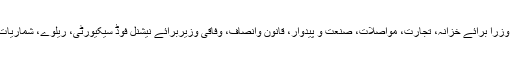
ای سی سی کے ممبران میں وفاقی وزرا برائے خزانہ، تجارت، مواصلات، صنعت و پیدوار، قانون وانصاف، وفاقی وزیربرائے نیشنل فوڈ سیکیورٹی، ریلوے، شماریات، آبی وسائل اورنجکاری ہوں گے۔